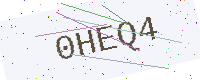
Text: 0HEQ4